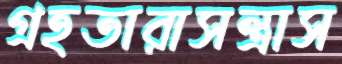
গ্রহতারাসন্ত্রাস